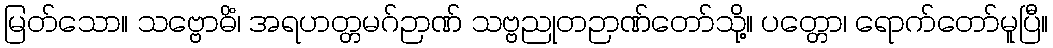
မြတ်သော။ သဗ္ဗောဓိံ၊ အရဟတ္တမဂ်ဉာဏ် သဗ္ဗညုတဉာဏ်တော်သို့။ ပတ္တော၊ ရောက်တော်မူပြီ။